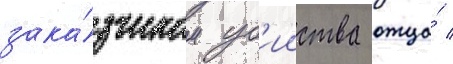
зака́зчиком уб'ииства отца́ /